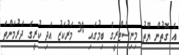
އެ ގޮތުން ޔޫތު މިނިސްޓްރީގެ ބިމުގައި 30 މަރުކަޒު އަދި ކުރީގެ ދަރުމަންތަ